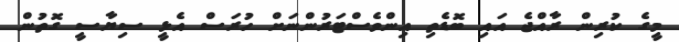
މީގެ ކުރިން ރާއްޖެ އައި ބޮޑެތި އިންވެސްޓަރުންނަށް ހުރަސް އެޅީ ސިޔާސީ ގޮތުން